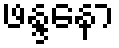
ဖန္ဒနော